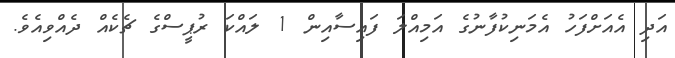
އަދި އެއަށްފަހު އެމަނިކުފާނުގެ އަމިއްލަ ފައިސާއިން 1 ލައްކަ ރުޕީސްގެ ޗެކެއް ދެއްވިއެވެ.